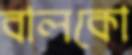
বালকো